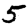
Digit: 5